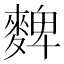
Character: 䴽